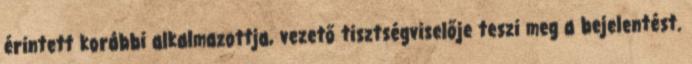
érintett korábbi alkalmazottja, vezető tisztségviselője teszi meg a bejelentést.